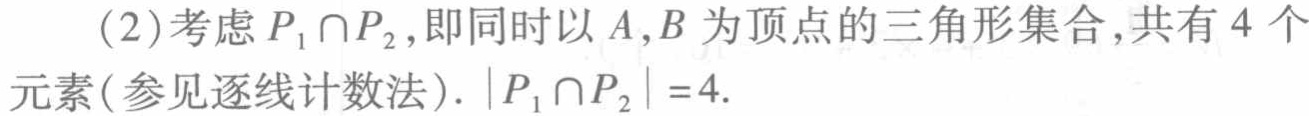
(2)考虑 \(P_1\cap P_2\)，即同时以 \(A,B\) 为顶点的三角形集合，共有 \(4\) 个
元素(参见逐线计数法). \(|P_1\cap P_2| = 4\).